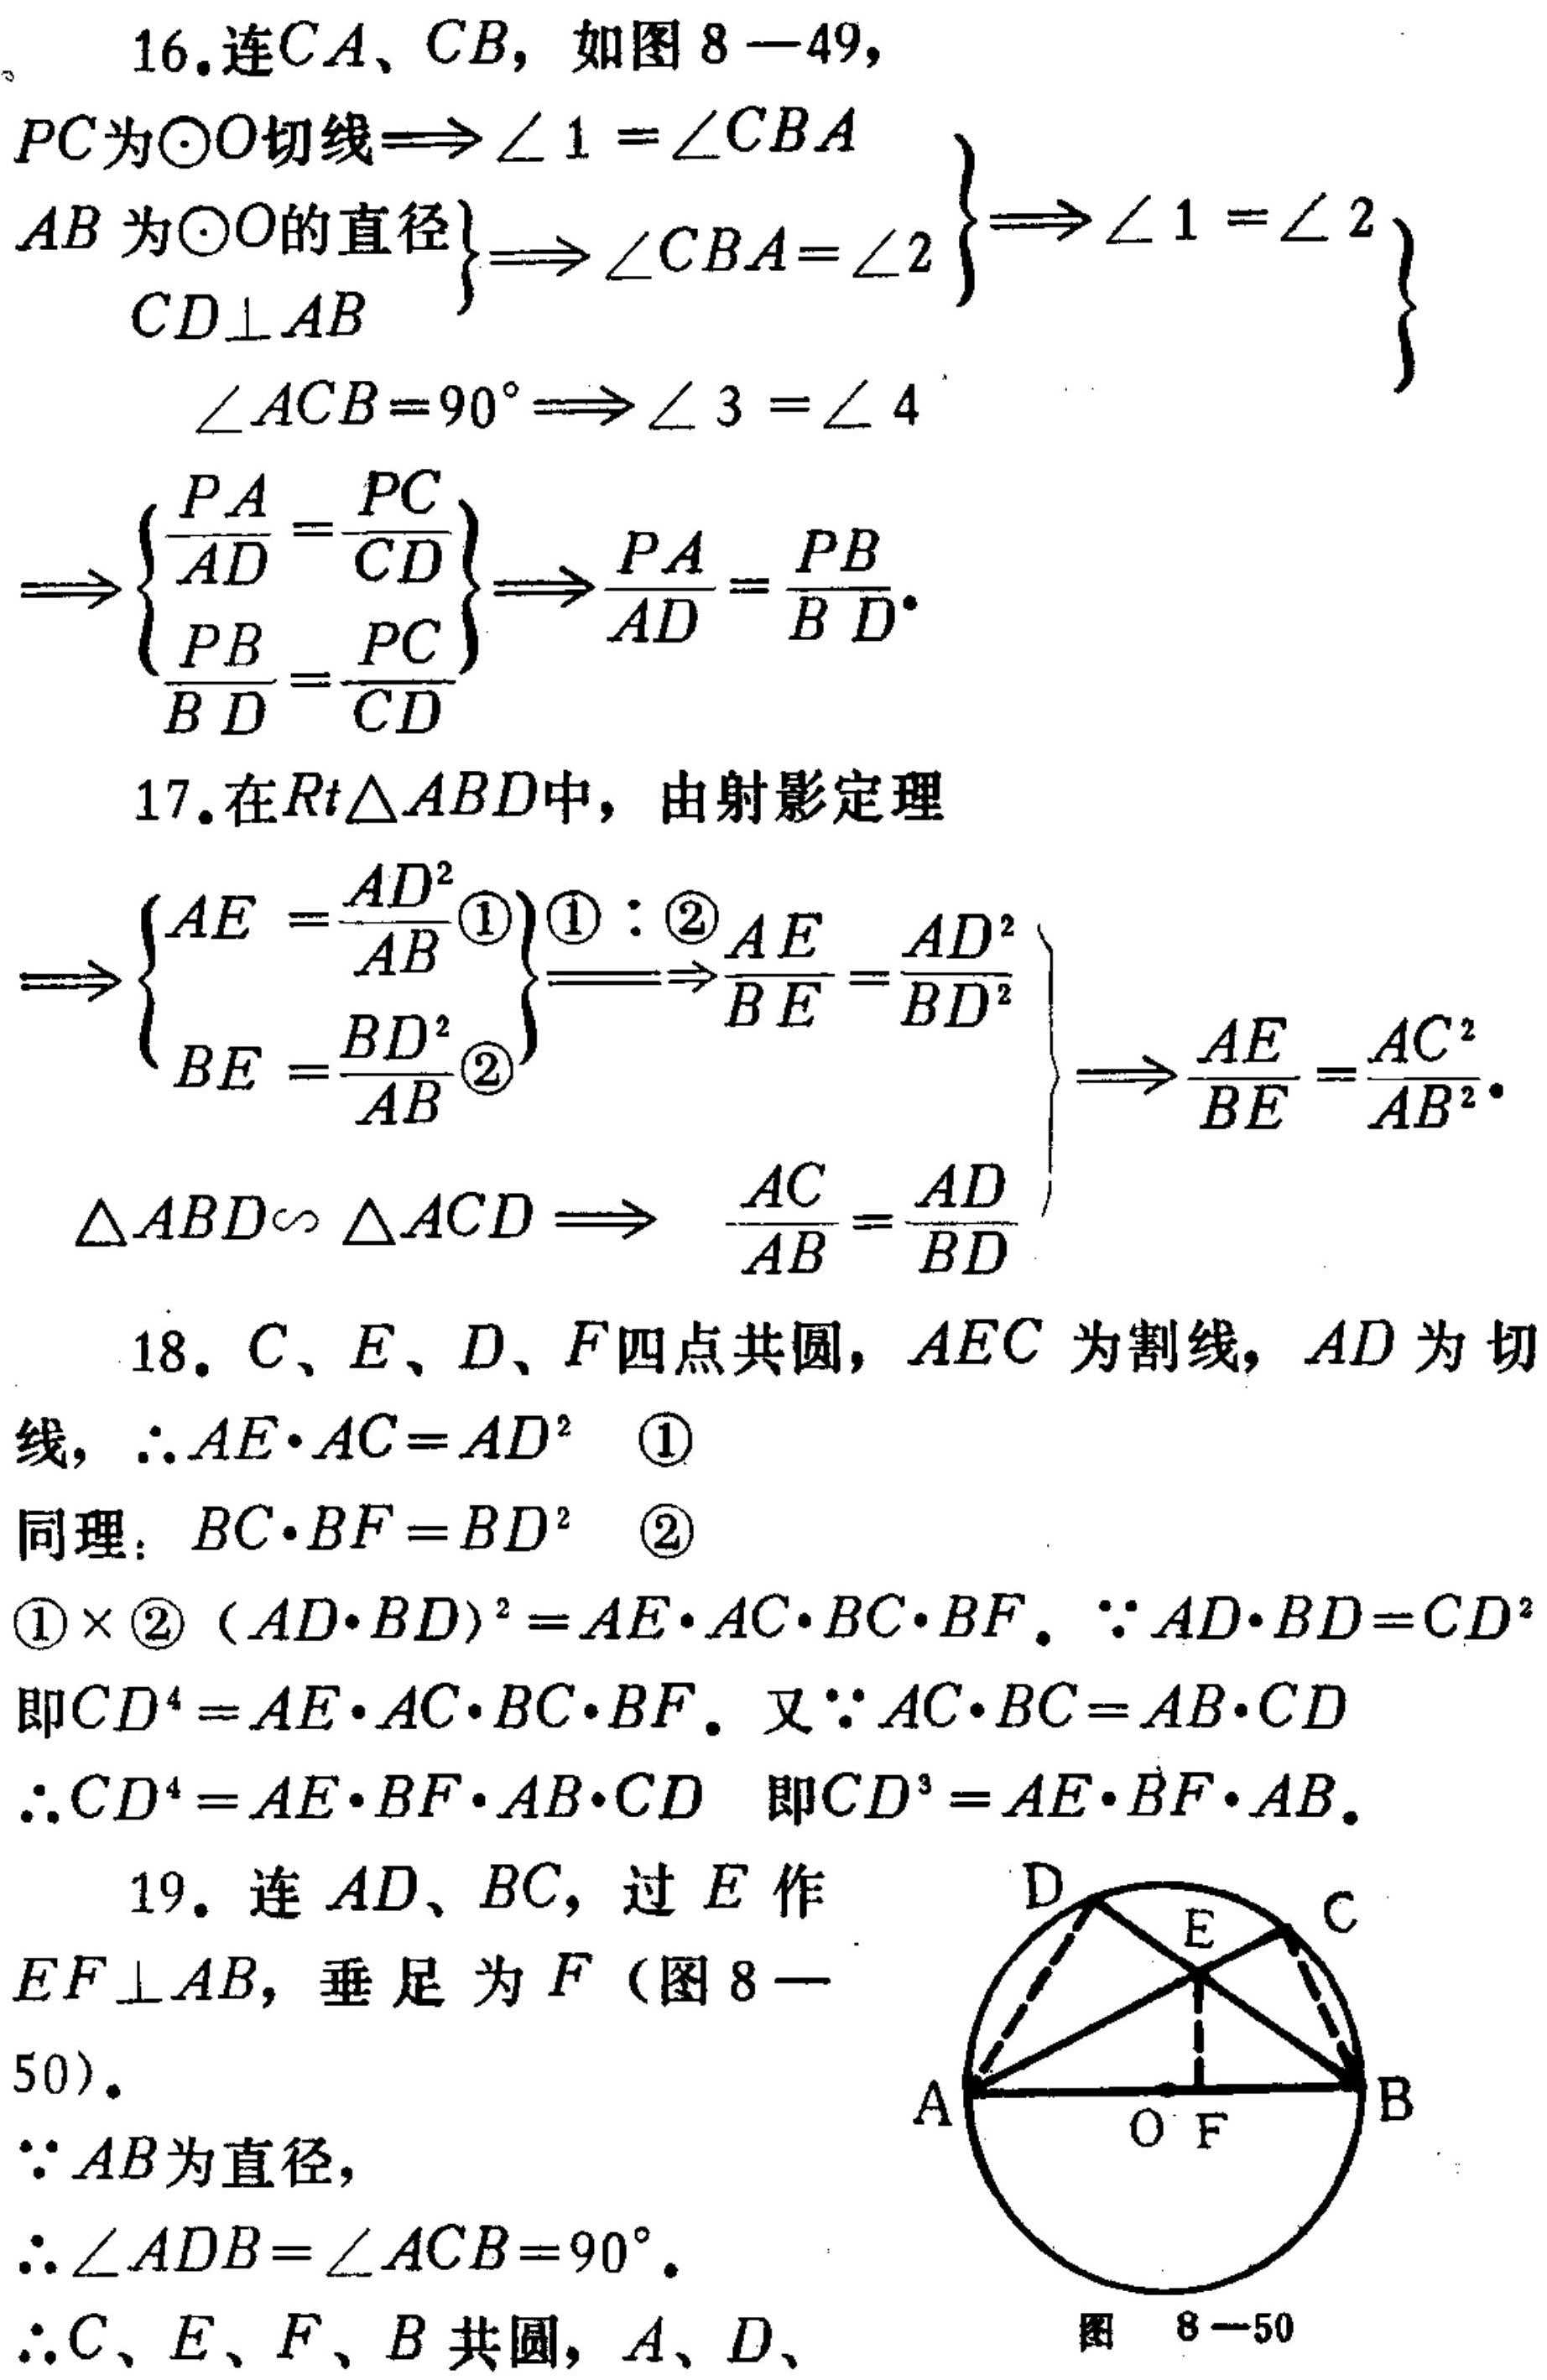
16. 连\(CA\)、\(CB\)，如图8 - 49，
\(\left.\begin{array}{l}
PC为\odot O切线\Rightarrow\angle 1 = \angle CBA\\
\left.\begin{array}{l}
AB为\odot O的直径\\
CD\perp AB
\end{array}\right\}\Rightarrow\angle CBA=\angle 2
\end{array}\right\}\Rightarrow\angle 1 = \angle 2\)
\(\angle ACB = 90^{\circ}\Rightarrow\angle 3 = \angle 4\)
\(\Rightarrow\left\{\begin{array}{l}
\frac{PA}{AD}=\frac{PC}{CD}\\
\frac{PB}{BD}=\frac{PC}{CD}
\end{array}\right\}\Rightarrow\frac{PA}{AD}=\frac{PB}{BD}\)

17. 在\(Rt\triangle ABD\)中，由射影定理
\(\Rightarrow\left\{\begin{array}{l}
AE=\frac{AD^{2}}{AB}\textcircled{1}\\
BE=\frac{BD^{2}}{AB}\textcircled{2}
\end{array}\right\}\frac{\textcircled{1}}{\textcircled{2}}\Rightarrow\frac{AE}{BE}=\frac{AD^{2}}{BD^{2}}\)
\(\triangle ABD\sim\triangle ACD\Rightarrow\frac{AC}{AB}=\frac{AD}{BD}\Rightarrow\frac{AE}{BE}=\frac{AC^{2}}{AB^{2}}\)

18. \(C、E、D、F\)四点共圆，\(AEC\)为割线，\(AD\)为切线，\(\therefore AE\cdot AC = AD^{2}\)  \textcircled{1}
同理：\(BC\cdot BF = BD^{2}\)  \textcircled{2}
\(\textcircled{1}\times\textcircled{2}\ (AD\cdot BD)^{2}=AE\cdot AC\cdot BC\cdot BF\)，\(\because AD\cdot BD = CD^{2}\)
即\(CD^{4}=AE\cdot AC\cdot BC\cdot BF\)，又\(\because AC\cdot BC = AB\cdot CD\)
\(\therefore CD^{4}=AE\cdot BF\cdot AB\cdot CD\) 即\(CD^{3}=AE\cdot BF\cdot AB\)

19. 连 \(AD\)、\(BC\)，过 \(E\) 作 \(EF\perp AB\)，垂足为 \(F\)（图8 - 50）.
\(\because AB\)为直径，
\(\therefore\angle ADB=\angle ACB = 90^{\circ}\).
\(\therefore C、E、F、B\)共圆，\(A、D、\)